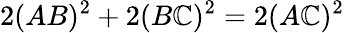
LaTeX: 2(AB)^{2}+2(B\mathbb{C})^{2}=2(A\mathbb{C})^{2}